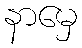
နာမှေ